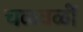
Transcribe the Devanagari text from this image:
चळवळीं